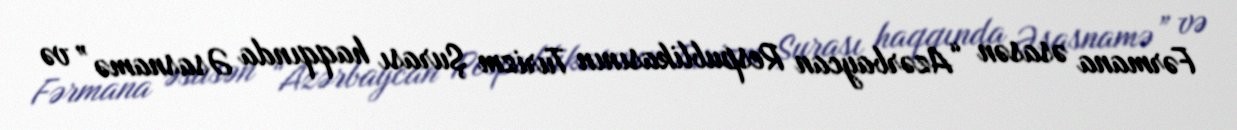
Fərmana əsasən “Azərbaycan Respublikasının Turizm Şurası haqqında Əsasnamə” və